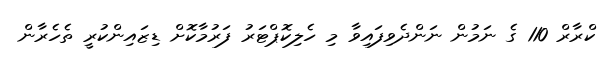
ކްރާރް 110 ގެ ނަމުން ނަންދެވިފައިވާ މި ހެލިކޮޕްޓަރު ފަރުމާކޮށް ޑިޒައިންކުރީ ތެހެރާން